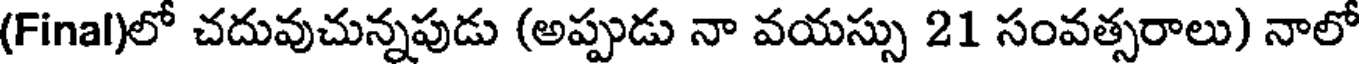
(Final)లో చదువుచున్నపుడు (అప్పుడు నా వయస్సు 21 సంవత్సరాలు) నాలో